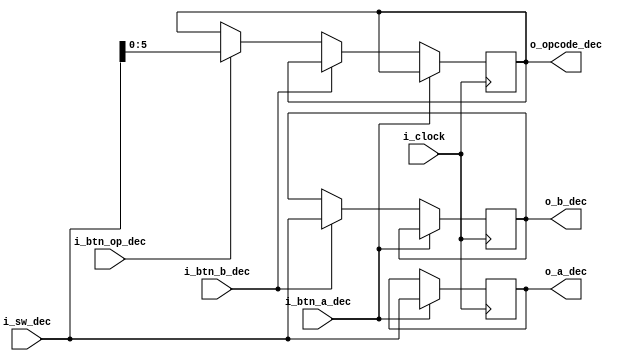
`timescale 1ns / 1ps
//////////////////////////////////////////////////////////////////////////////////
// Company: 
// Engineer: 
// 
// Design Name: 
// Module Name: DEC
// Project Name: 
// Target Devices: 
// Tool Versions: 
// Description: 
// 
// Dependencies: 
// 
// Revision:
// Revision 0.01 - File Created
// Additional Comments:
// 
//////////////////////////////////////////////////////////////////////////////////
module DEC
#(
    parameter SIZE_OPERANDOS= 9,
    parameter SIZE_SW = 9,
    parameter SIZE_OPERACION = 6

)
(
    input wire i_clock,
    input wire  [(SIZE_SW-1):0] i_sw_dec, //switches 
    input wire i_btn_a_dec,
    input wire i_btn_b_dec,
    input wire i_btn_op_dec,
    output wire  [(SIZE_OPERANDOS-1):0] o_a_dec,
    output wire [(SIZE_OPERANDOS-1):0] o_b_dec,
    output wire [(SIZE_OPERACION-1):0] o_opcode_dec
    );


/*

 A wire solo se puede asignar con una asignaci?n de bloqueo continuo. Las asignaciones no bloqueantes ( <= ) solo se pueden hacer a reg . Si las asignaciones de reg s que la unidad done cambian de bloqueo ( = ) a no bloqueo ( <= ), deber?a ser el resultado deseado.

Una asignaci?n sin bloqueo hace una evaluaci?n inmediata con una actualizaci?n retrasada. Esto permite evaluar los valores correctos sin afectar la evaluaci?n de una expresi?n dependiente. Nota: la actualizaci?n retrasada est? en el programador de pasos de tiempo verilog; no tendr? un retraso visible en la forma de onda.

Use las asignaciones no bloqueantes en reg que desea tratar como un flop. Cualquier reg usado para la l?gica combinacional o la generaci?n de reloj debe usar el bloqueo. Habr? condiciones de carrera si el bloqueo no se utiliza para la l?gica combinacional o el reloj. 
*/


reg [(SIZE_OPERANDOS-1):0] a_dec;
reg [(SIZE_OPERANDOS-1):0] b_dec;
reg [(SIZE_OPERACION-1):0] opcode_dec;

assign o_a_dec = a_dec;
assign o_b_dec = b_dec;
assign o_opcode_dec = opcode_dec;



always @(posedge i_clock)
    begin
        if(i_btn_a_dec == 1'b1 )         a_dec <= i_sw_dec [(SIZE_OPERANDOS-1):0] ;
        else if (i_btn_b_dec == 1'b1)   b_dec <= i_sw_dec[(SIZE_OPERANDOS-1):0] ;
        else if (i_btn_op_dec == 1'b1)  opcode_dec <=i_sw_dec [(SIZE_OPERACION-1):0] ;
    end

endmodule